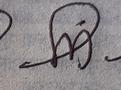
Signature authenticity: genuine